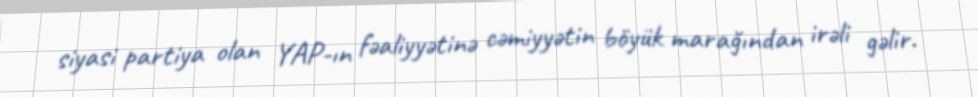
siyasi partiya olan YAP-ın fəaliyyətinə cəmiyyətin böyük marağından irəli gəlir.